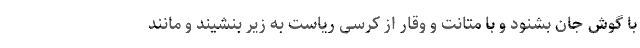
با گوش جان بشنود و با متانت و وقار از کرسی ریاست به زیر بنشیند و مانند